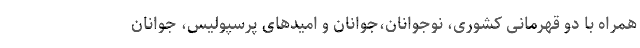
همراه با دو قهرمانى کشوری، نوجوانان،جوانان و امیدهای پرسپولیس، جوانان